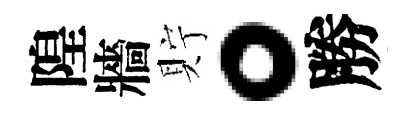
隍牆貯。勝